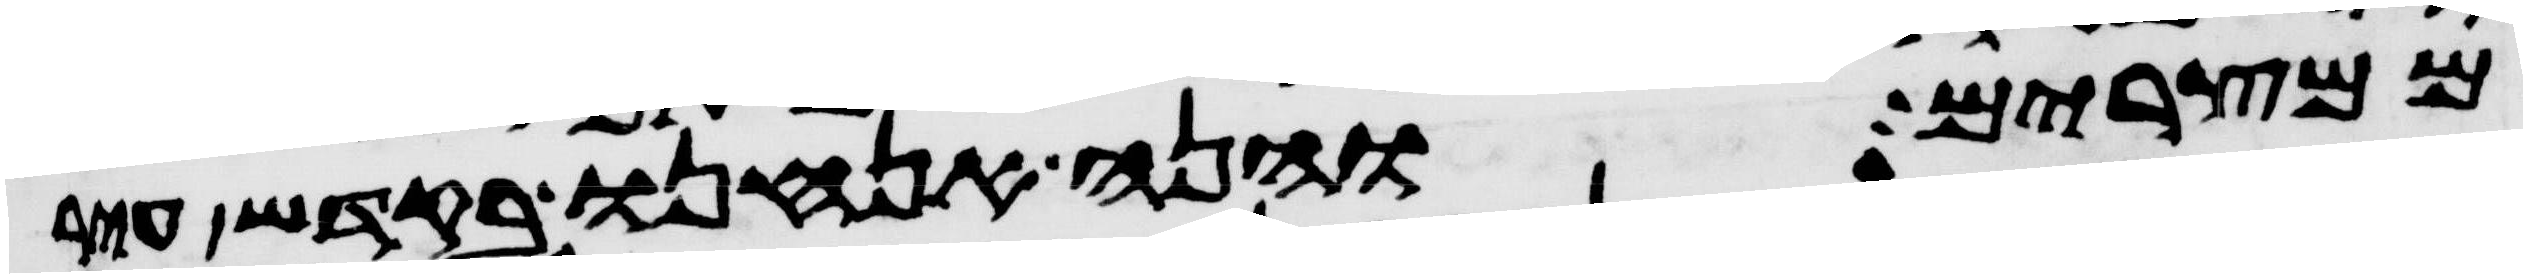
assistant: ממצרים והנה אנחנו בקדש עיר